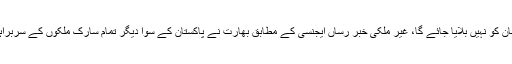
بھارتی وزیراعظم نریندر مودی کی حلف برداری کی تقریب میں پاکستانی وزیر اعظم عمران خان کو نہیں بلایا جائے گا، غیر ملکی خبر رساں ایجنسی کے مطابق بھارت نے پاکستان کے سوا دیگر تمام سارک ملکوں کے سربراہوں کو دعوت نامے بھیج دیے، مودی جمعرات کو دوسری بار وزیر اعظم کا حلف اٹھائیں گے۔